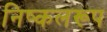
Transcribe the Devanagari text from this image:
निष्कलरूप